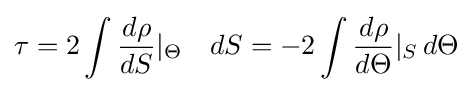
\tau =2\int {\frac {d\rho }{dS}}|_{\Theta }\quad dS=-2\int {\frac {d\rho }{d\Theta }}|_{S}\,d\Theta